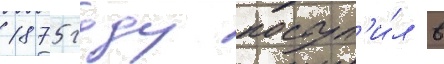
1875 году поступ'и́л в